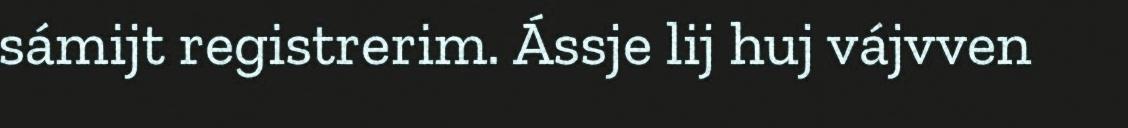
sámijt registrerim. Ássje lij huj vájvven